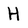
Character: H